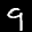
Label: 9